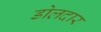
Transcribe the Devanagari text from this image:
डोलदार